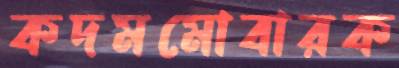
কদমমোবারক